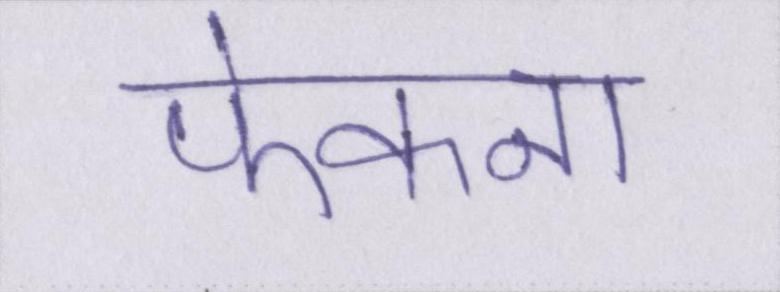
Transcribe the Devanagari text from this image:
फेकना